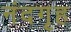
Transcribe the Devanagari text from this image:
नंदगृह